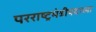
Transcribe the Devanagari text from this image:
परराष्ट्रमंत्रीपदाच्या